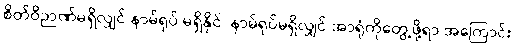
စိတ်ဝိဉာဏ်မရှိလျှင် နာမ်ရုပ် မရှိနိုင်၊ နာမ်ရုပ်မရှိလျှင် အာရုံကိုတွေ့ဖို့ရာ အကြောင်း